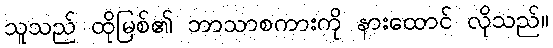
သူသည် ထိုမြစ်၏ ဘာသာစကားကို နားထောင် လိုသည်။